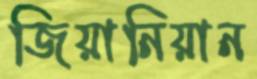
জিয়ানিয়ান